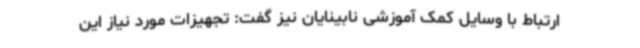
ارتباط با وسایل کمک آموزشی نابینایان نیز گفت: تجهیزات مورد نیاز این